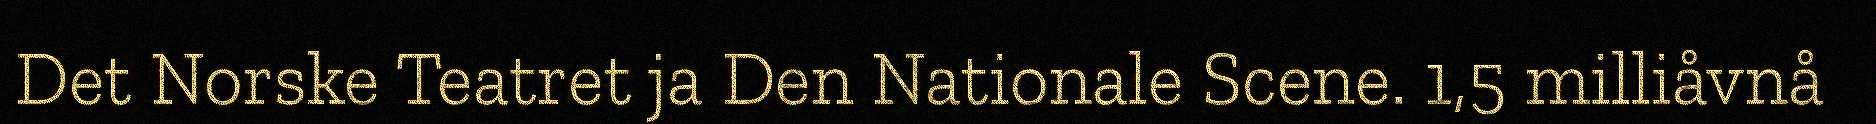
Det Norske Teatret ja Den Nationale Scene. 1,5 milliåvnå